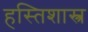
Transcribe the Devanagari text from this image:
हस्तिशास्त्र